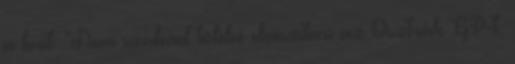
a brit. "Nem szabad többé elveszíteni az Osztrák GP-t,